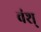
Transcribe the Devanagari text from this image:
वंश्